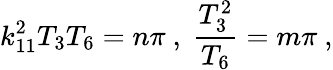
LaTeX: k_{11}^{2}T_{3}T_{6}=n\pi\ ,\ {\frac{T_{3}^{2}}{T_{6}}}=m\pi\ ,